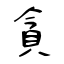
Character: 貪